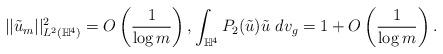
LaTeX: \begin{align*} ||\tilde u_m||^2_{L^2(\mathbb{H}^4)} = O\left(\frac{1}{\log m}\right), \int_{\mathbb{H}^4} P_2(\tilde u) \tilde u \ dv_g = 1 + O\left(\frac{1}{\log m}\right).\end{align*}